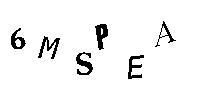
6MSPEA